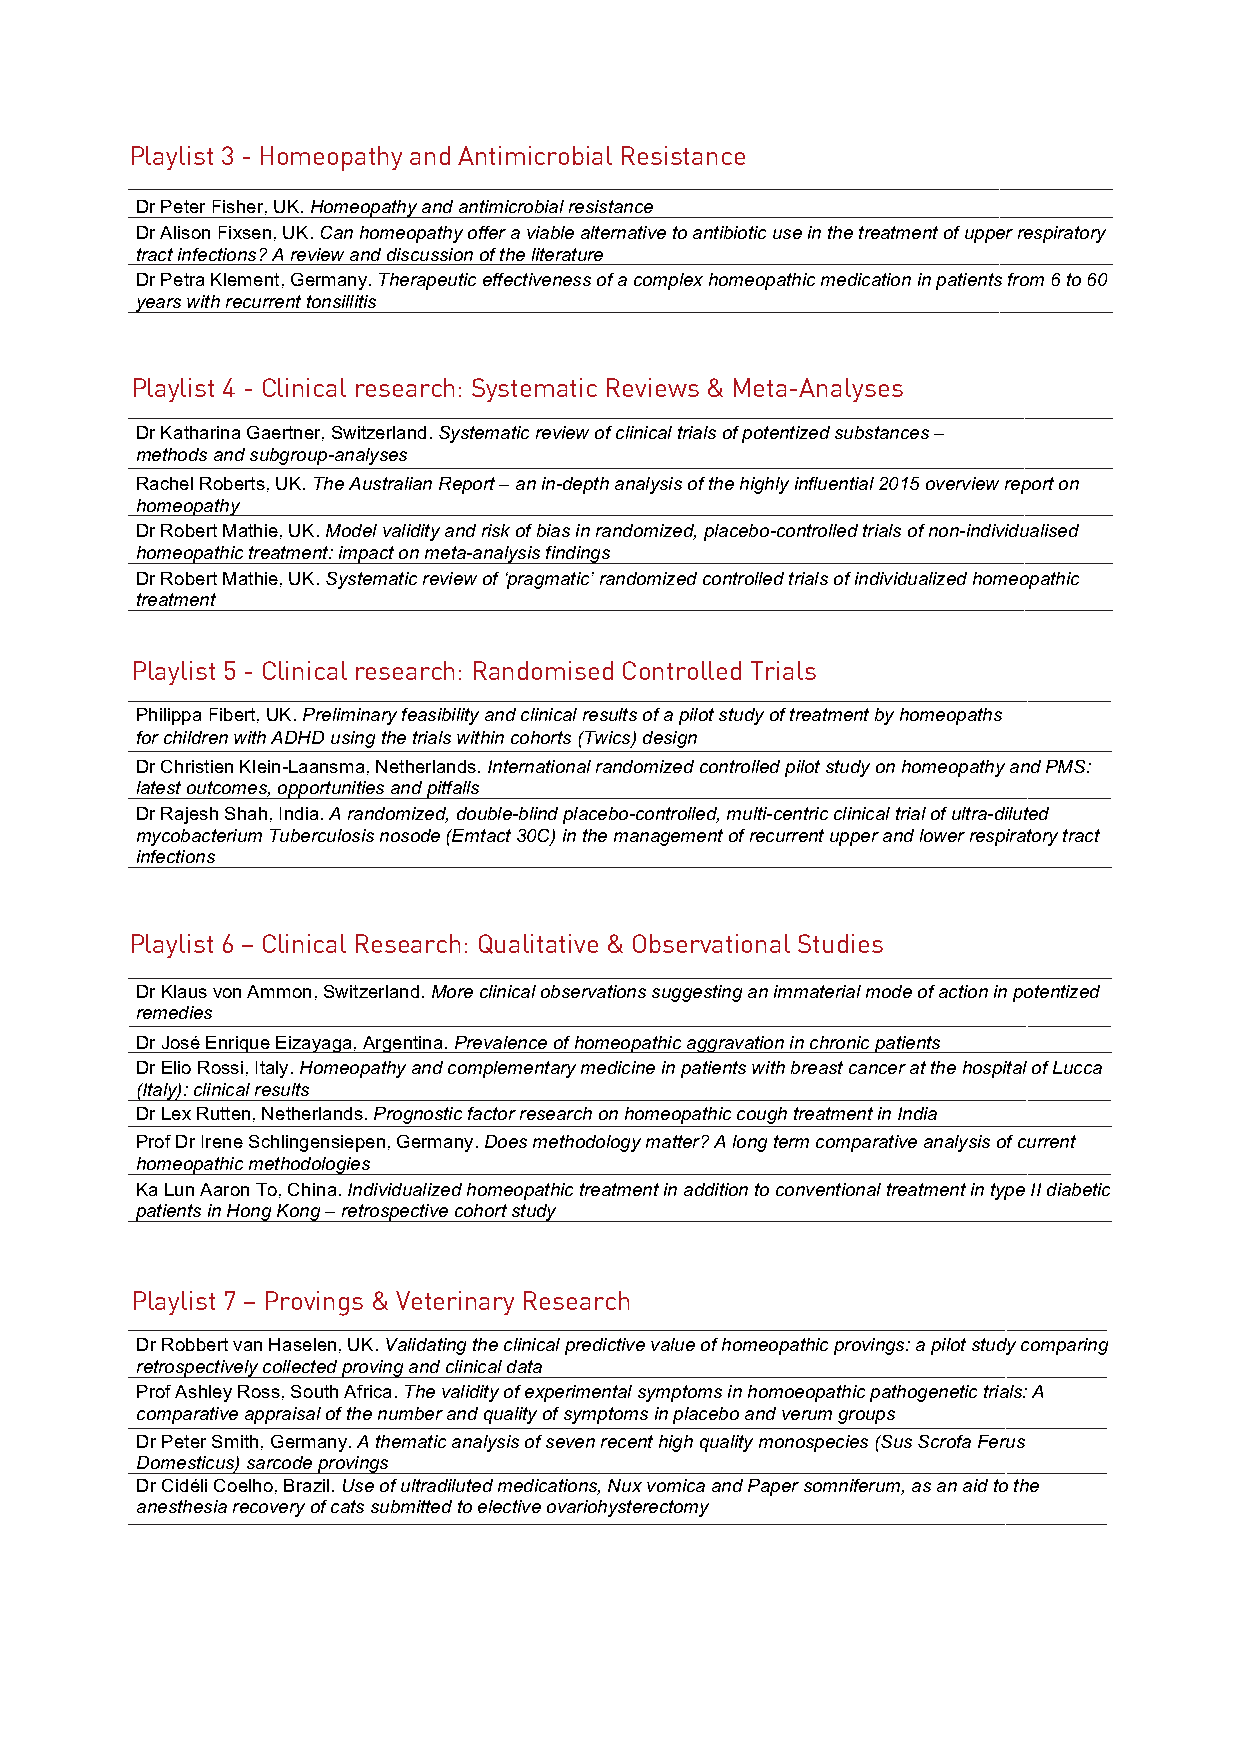
Playlist 3 - Homeopathy and Antimicrobial Resistance
 Dr Peter Fisher, UK. Homeopathy and antimicrobial resistance
 Dr Alison Fixsen, UK. Can homeopathy offer a viable alternative to antibiotic use in the treatment of upper respiratory
 tract infections? A review and discussion of the literature
 Dr Petra Klement, Germany. Therapeutic effectiveness of a complex homeopathic medication in patients from 6 to 60
 years with recurrent tonsillitis
 Playlist 4 - Clinical research: Systematic Reviews & Meta-Analyses
 Dr Katharina Gaertner, Switzerland. Systematic review of clinical trials of potentized substances –
 methods and subgroup-analyses
 Rachel Roberts, UK. The Australian Report – an in-depth analysis of the highly influential 2015 overview report on
 homeopathy
 Dr Robert Mathie, UK. Model validity and risk of bias in randomized, placebo-controlled trials of non-individualised
 homeopathic treatment: impact on meta-analysis findings
 Dr Robert Mathie, UK. Systematic review of ‘pragmatic’ randomized controlled trials of individualized homeopathic
 treatment
 Playlist 5 - Clinical research: Randomised Controlled Trials
 Philippa Fibert, UK. Preliminary feasibility and clinical results of a pilot study of treatment by homeopaths
 for children with ADHD using the trials within cohorts (Twics) design
 Dr Christien Klein-Laansma, Netherlands. International randomized controlled pilot study on homeopathy and PMS:
 latest outcomes, opportunities and pitfalls
 Dr Rajesh Shah, India. A randomized, double-blind placebo-controlled, multi-centric clinical trial of ultra-diluted
 mycobacterium Tuberculosis nosode (Emtact 30C) in the management of recurrent upper and lower respiratory tract
 infections
 Playlist 6 – Clinical Research: Qualitative & Observational Studies
 Dr Klaus von Ammon, Switzerland. More clinical observations suggesting an immaterial mode of action in potentized
 remedies
 Dr José Enrique Eizayaga, Argentina. Prevalence of homeopathic aggravation in chronic patients
 Dr Elio Rossi, Italy. Homeopathy and complementary medicine in patients with breast cancer at the hospital of Lucca
 (Italy): clinical results
 Dr Lex Rutten, Netherlands. Prognostic factor research on homeopathic cough treatment in India
 Prof Dr Irene Schlingensiepen, Germany. Does methodology matter? A long term comparative analysis of current
 homeopathic methodologies
 Ka Lun Aaron To, China. Individualized homeopathic treatment in addition to conventional treatment in type II diabetic
 patients in Hong Kong – retrospective cohort study
 Playlist 7 – Provings & Veterinary Research
 Dr Robbert van Haselen, UK. Validating the clinical predictive value of homeopathic provings: a pilot study comparing
 retrospectively collected proving and clinical data
 Prof Ashley Ross, South Africa. The validity of experimental symptoms in homoeopathic pathogenetic trials: A
 comparative appraisal of the number and quality of symptoms in placebo and verum groups
 Dr Peter Smith, Germany. A thematic analysis of seven recent high quality monospecies (Sus Scrofa Ferus
 Domesticus) sarcode provings
 Dr Cidéli Coelho, Brazil. Use of ultradiluted medications, Nux vomica and Paper somniferum, as an aid to the
 anesthesia recovery of cats submitted to elective ovariohysterectomy